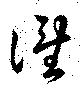
誰